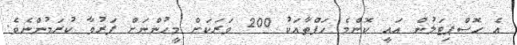
އެ ހޮސްޕިޓަލުން އައީ ކޮންމެ ހަފްތާއަކު 200 ވަރަކަށް މީހުންނަށް ފަރުވާ ކުރަމުންނެވެ.